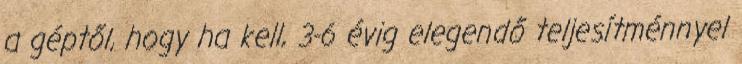
a géptől, hogy ha kell, 3-6 évig elegendő teljesítménnyel